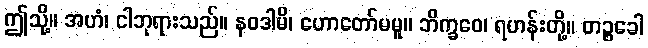
ဤသို့။ အဟံ၊ ငါဘုရားသည်။ နဝဒါမိ၊ ဟောတော်မမူ။ ဘိက္ခဝေ၊ ရဟန်းတို့။ တဉ္စခေါ